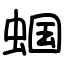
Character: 蝈